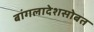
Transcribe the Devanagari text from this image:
बांगलादेशसोबत